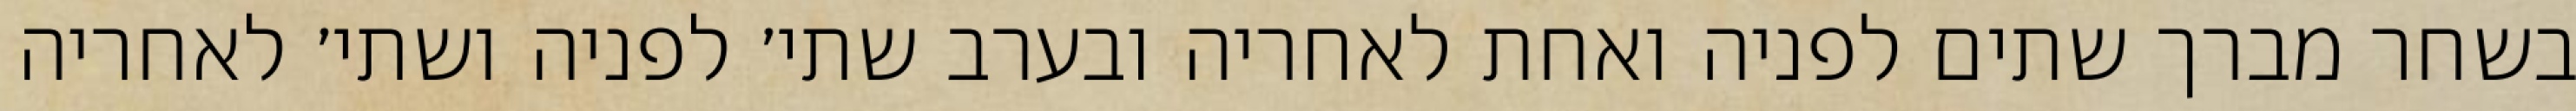
בשחר מברך שתים לפניה ואחת לאחריה ובערב שתי׳ לפניה ושתי׳ לאחריה